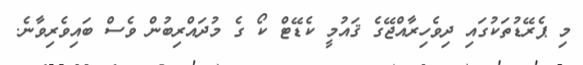
މި ޕެރޭޑުތަކުގައި ދިވެހިރާއްޖޭގެ ޤައުމީ ކެޑޭޓް ކޯ ގެ މުދައްރިބުން ވެސް ބައިވެރިވާނެ.